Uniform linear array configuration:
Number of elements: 4
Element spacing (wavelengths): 0.75
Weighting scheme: exponential
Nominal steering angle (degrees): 0
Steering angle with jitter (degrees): -1.754
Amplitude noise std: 0.05
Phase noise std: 0.05

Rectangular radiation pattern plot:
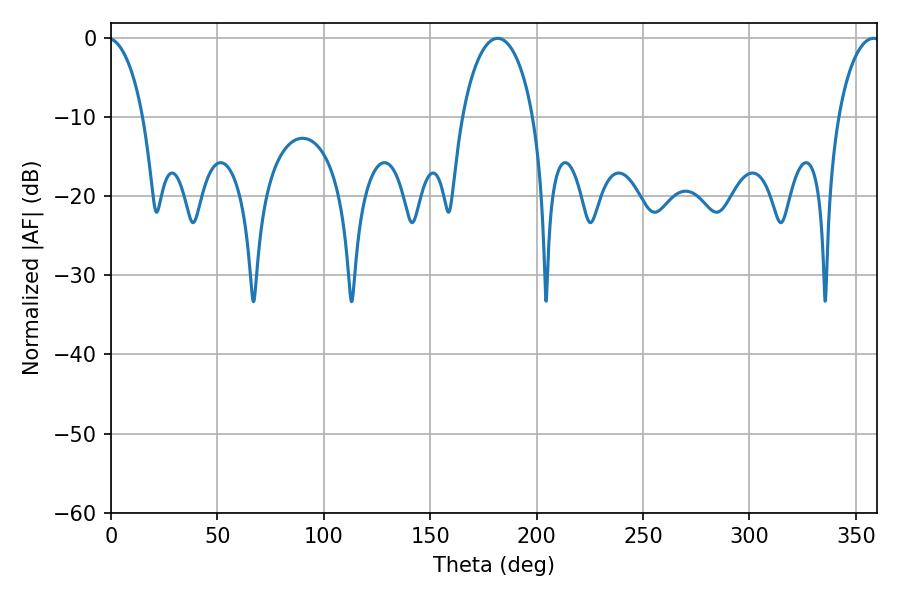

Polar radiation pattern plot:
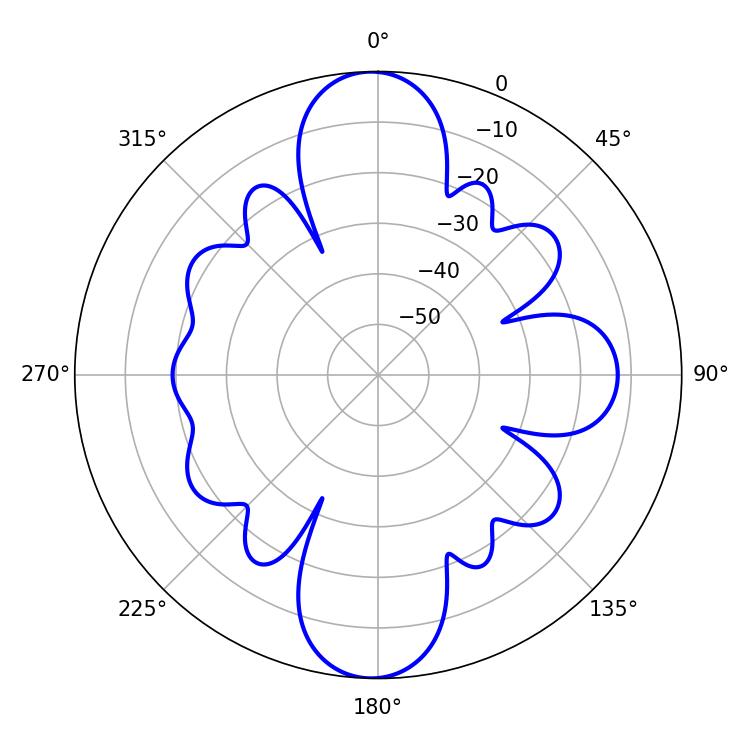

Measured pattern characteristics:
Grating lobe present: TRUE
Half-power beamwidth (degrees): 19.08
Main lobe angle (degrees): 181.62